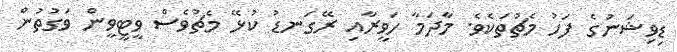
ޑިވިޝަނުގެ ފަހު މެޗުތަކެވެ. މާދަމާ ހަވީރާއި ރޭގަނޑު ކުޅޭ މެޗުވެސް ވީޓީވީން ވަގުތުން